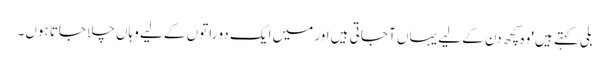
بلی کہتے ہیں 'وہ کچھ دن کے لیے یہاں آ جاتی ہیں اور میں ایک دو راتوں کے لیے وہاں چلا جاتا ہوں۔